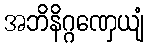
အဘိနိဂ္ဂဏှေယျံ